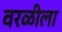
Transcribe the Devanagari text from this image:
वरळीला